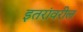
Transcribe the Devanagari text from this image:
इतरांवरील